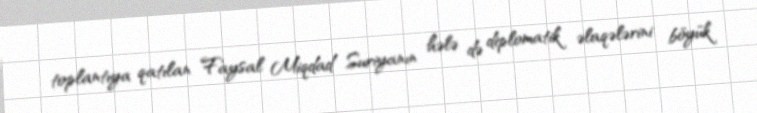
toplantıya qatılan Faysal Miqdad Suriyanın hələ də diplomatik əlaqələrini böyük